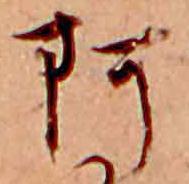
阿